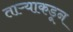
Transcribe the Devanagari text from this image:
ताऱ्याकडून